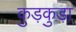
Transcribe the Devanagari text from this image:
कुड़कुड़ा